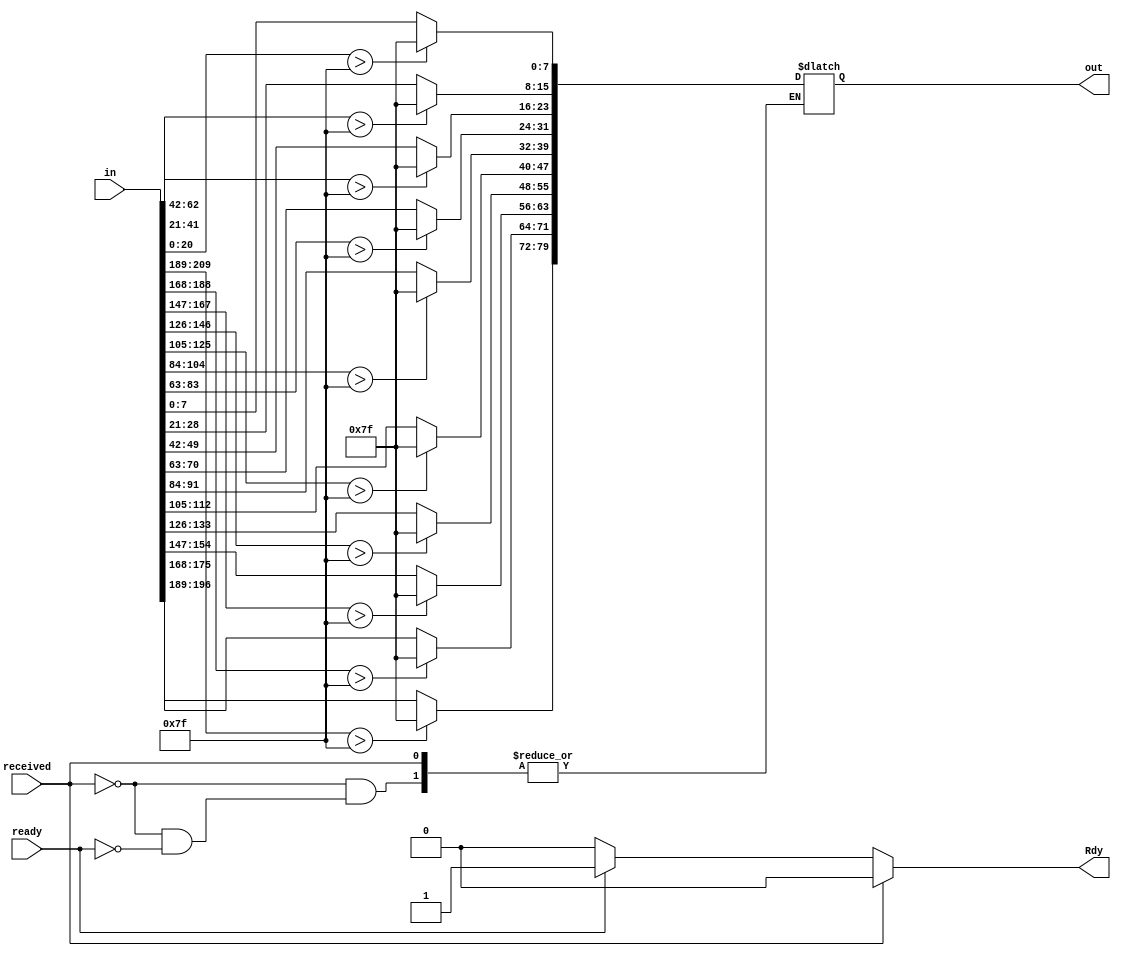
`timescale 1ns / 1ps
//////////////////////////////////////////////////////////////////////////////////
// Company: 
// Engineer: 
// 
// Design Name: 
// Module Name:    saturation 
// Project Name: 
// Target Devices: 
// Tool versions: 
// Description: 
//
// Dependencies: 
//
// Revision: 
// Revision 0.01 - File Created
// Additional Comments: 
//
//////////////////////////////////////////////////////////////////////////////////
module saturation(
    input received,input[0:209] in,
    input ready,
    output reg[0:79] out,
     output reg Rdy
    );

     reg [20:0] tmp;
	  integer i;
     always@(ready,received)begin
        if(received)
            Rdy = 1'b0;

        else if(ready)begin

            for(i=0;i<10;i = i+1)begin

                tmp = in[21*i +: 21];

                if (tmp > 127)
                    out[8*i +: 8] = 8'b01111111;
                else 
                 out[8*i +: 8] = tmp[7:0];

            end

            Rdy = 1'b1;

         end
         else 
            Rdy = 1'b0;
     end

endmodule